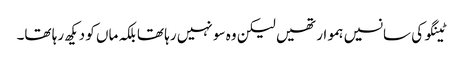
ٹینگو کی سانسیں ہموار تھیں لیکن وہ سو نہیں رہا تھا بلکہ ماں کو دیکھ رہا تھا۔